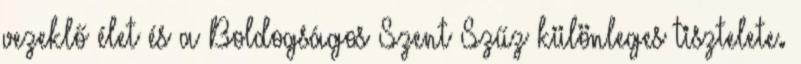
vezeklő élet és a Boldogságos Szent Szűz különleges tisztelete.